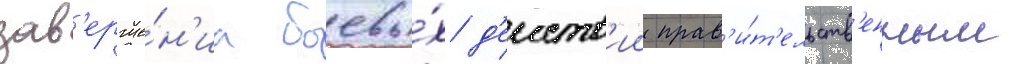
зав'ерше́н'иа боевы́х д'еиств'ии прав'и́т'ельств'енным